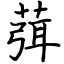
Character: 葞